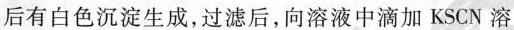
后有白色沉淀生成，过滤后，向溶液中滴加KSCN溶